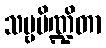
သဗ္ဗပိဏ္ဍိတာ